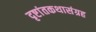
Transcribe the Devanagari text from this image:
दृष्टांतकथासंग्रह